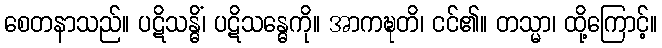
စေတနာသည်။ ပဋိသန္ဓိံ၊ ပဋိသန္ဓေကို။ အာကဍ္ဎတိ၊ ငင်၏။ တသ္မာ၊ ထို့ကြောင့်။